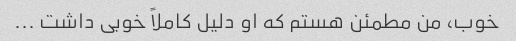
خوب، من مطمئن هستم که او دلیل کاملاً خوبی داشت ...